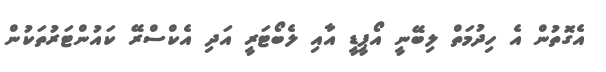
އެގޮތުން އެ ހިދުމަތް ލިބޭނީ އޯޕީޑީ އާއި ލެބޯޓަރީ އަދި އެކްސްރޭ ކައުންޓަރުތަކުން